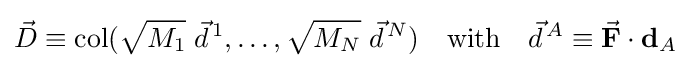
{\vec {D}}\equiv \operatorname {col} ({\sqrt {M_{1}}}\;{\vec {d}}^{\,1},\ldots ,{\sqrt {M_{N}}}\;{\vec {d}}^{\,N})\quad \mathrm {with} \quad {\vec {d}}^{\,A}\equiv {\vec {\mathbf {F} }}\cdot \mathbf {d} _{A}